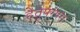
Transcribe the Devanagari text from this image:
हेतुपरंपरा